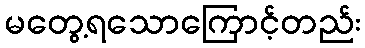
မတွေ့ရသောကြောင့်တည်း